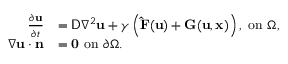
\begin{array} { r l } { \frac { \partial \mathbf { u } } { \partial t } } & { = \mathsf { D } \nabla ^ { 2 } \mathbf { u } + \gamma \left( \mathbf { \hat { F } } ( \mathbf { u } ) + \mathbf { G } ( \mathbf { u } , \mathbf { x } ) \right) , ~ \mathrm { o n } ~ \Omega , } \\ { \nabla \mathbf { u } \cdot \mathbf { n } } & { = \mathbf { 0 } ~ \mathrm { o n } ~ \partial \Omega . } \end{array}